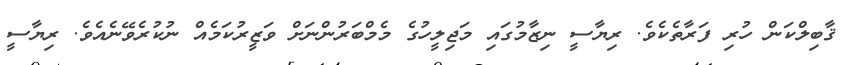
ޤާބިލްކަން ހުރި ފަރާތެކެވެ. ރިޔާސީ ނިޒާމުގައި މަޖިލީހުގެ މެމްބަރުންނަށް ވަޒީރުކަމެއް ނުކުރެވޭނެއެވެ. ރިޔާސީ